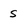
Character: s